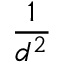
\frac { 1 } { d ^ { 2 } }